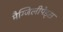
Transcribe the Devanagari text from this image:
मैग्जिलीपेड्स